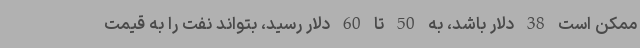
ممکن است 38 دلار باشد، به 50 تا 60 دلار رسید، بتواند نفت را به قیمت